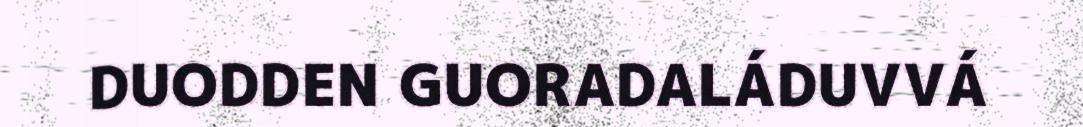
DUODDEN GUORADALÁDUVVÁ